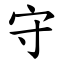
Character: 守